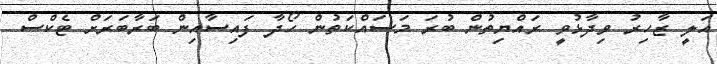
އަލީ ޒާހިރު ވިދާޅުވީ ރައްޔިތުން ބުރަ މަސައްކަތުން ހޯދާ ފައިސާއިން ބަރާބަރަށް ޓެކްސް